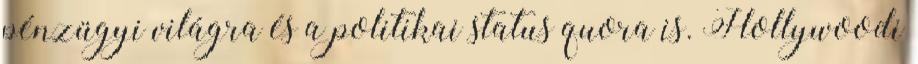
pénzügyi világra és a politikai status quora is. Hollywoodi